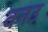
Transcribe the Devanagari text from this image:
वनउ